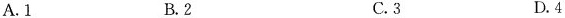
A. 1 B.2 C.3 D.4